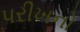
પરીખનો